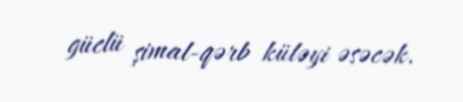
güclü şimal-qərb küləyi əsəcək.